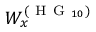
W _ { x } ^ { ( \mathrm { ~ H ~ G ~ } _ { 1 0 } ) }